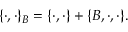
\{ \cdot , \cdot \} _ { B } = \{ \cdot , \cdot \} + \{ B , \cdot , \cdot \} .